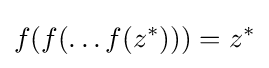
f(f(\dots f(z^{*})))=z^{*}